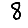
Digit: 8